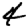
Digit: 4